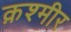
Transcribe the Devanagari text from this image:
क़श्मीर